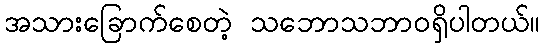
အသားခြောက်စေတဲ့ သဘောသဘာဝရှိပါတယ်။